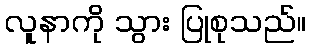
လူနာကို သွား ပြုစုသည်။